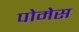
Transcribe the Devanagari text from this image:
पोमेस